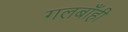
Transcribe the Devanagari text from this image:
गलबाँही